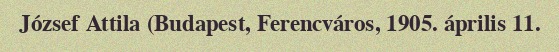
József Attila (Budapest, Ferencváros, 1905. április 11.